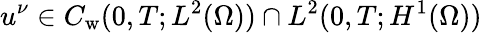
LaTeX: u^{\nu}\in C_{\mathrm w}(0,T;L^{2}(\Omega))\cap L^{2}(0,T;H^{1}(\Omega))